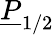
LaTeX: \underline{{P}}_{1/2}